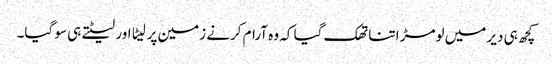
کچھ ہی دیر میں لومڑ اتنا تھک گیا کہ وہ آرام کرنے زمین پر لیٹا اور لیٹتے ہی سو گیا۔